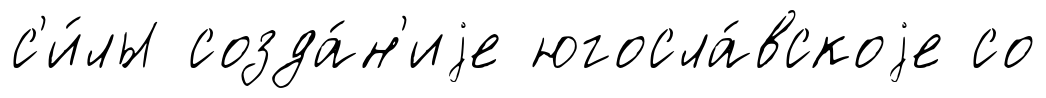
с'и́лы созда́н'иjе югосла́вскоjе со